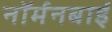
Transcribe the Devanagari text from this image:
नॉर्मनबाई